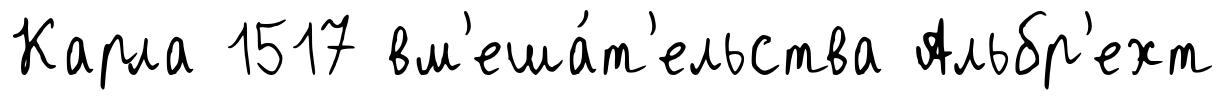
Карла 1517 вм'еша́т'ельства Альбр'ехт